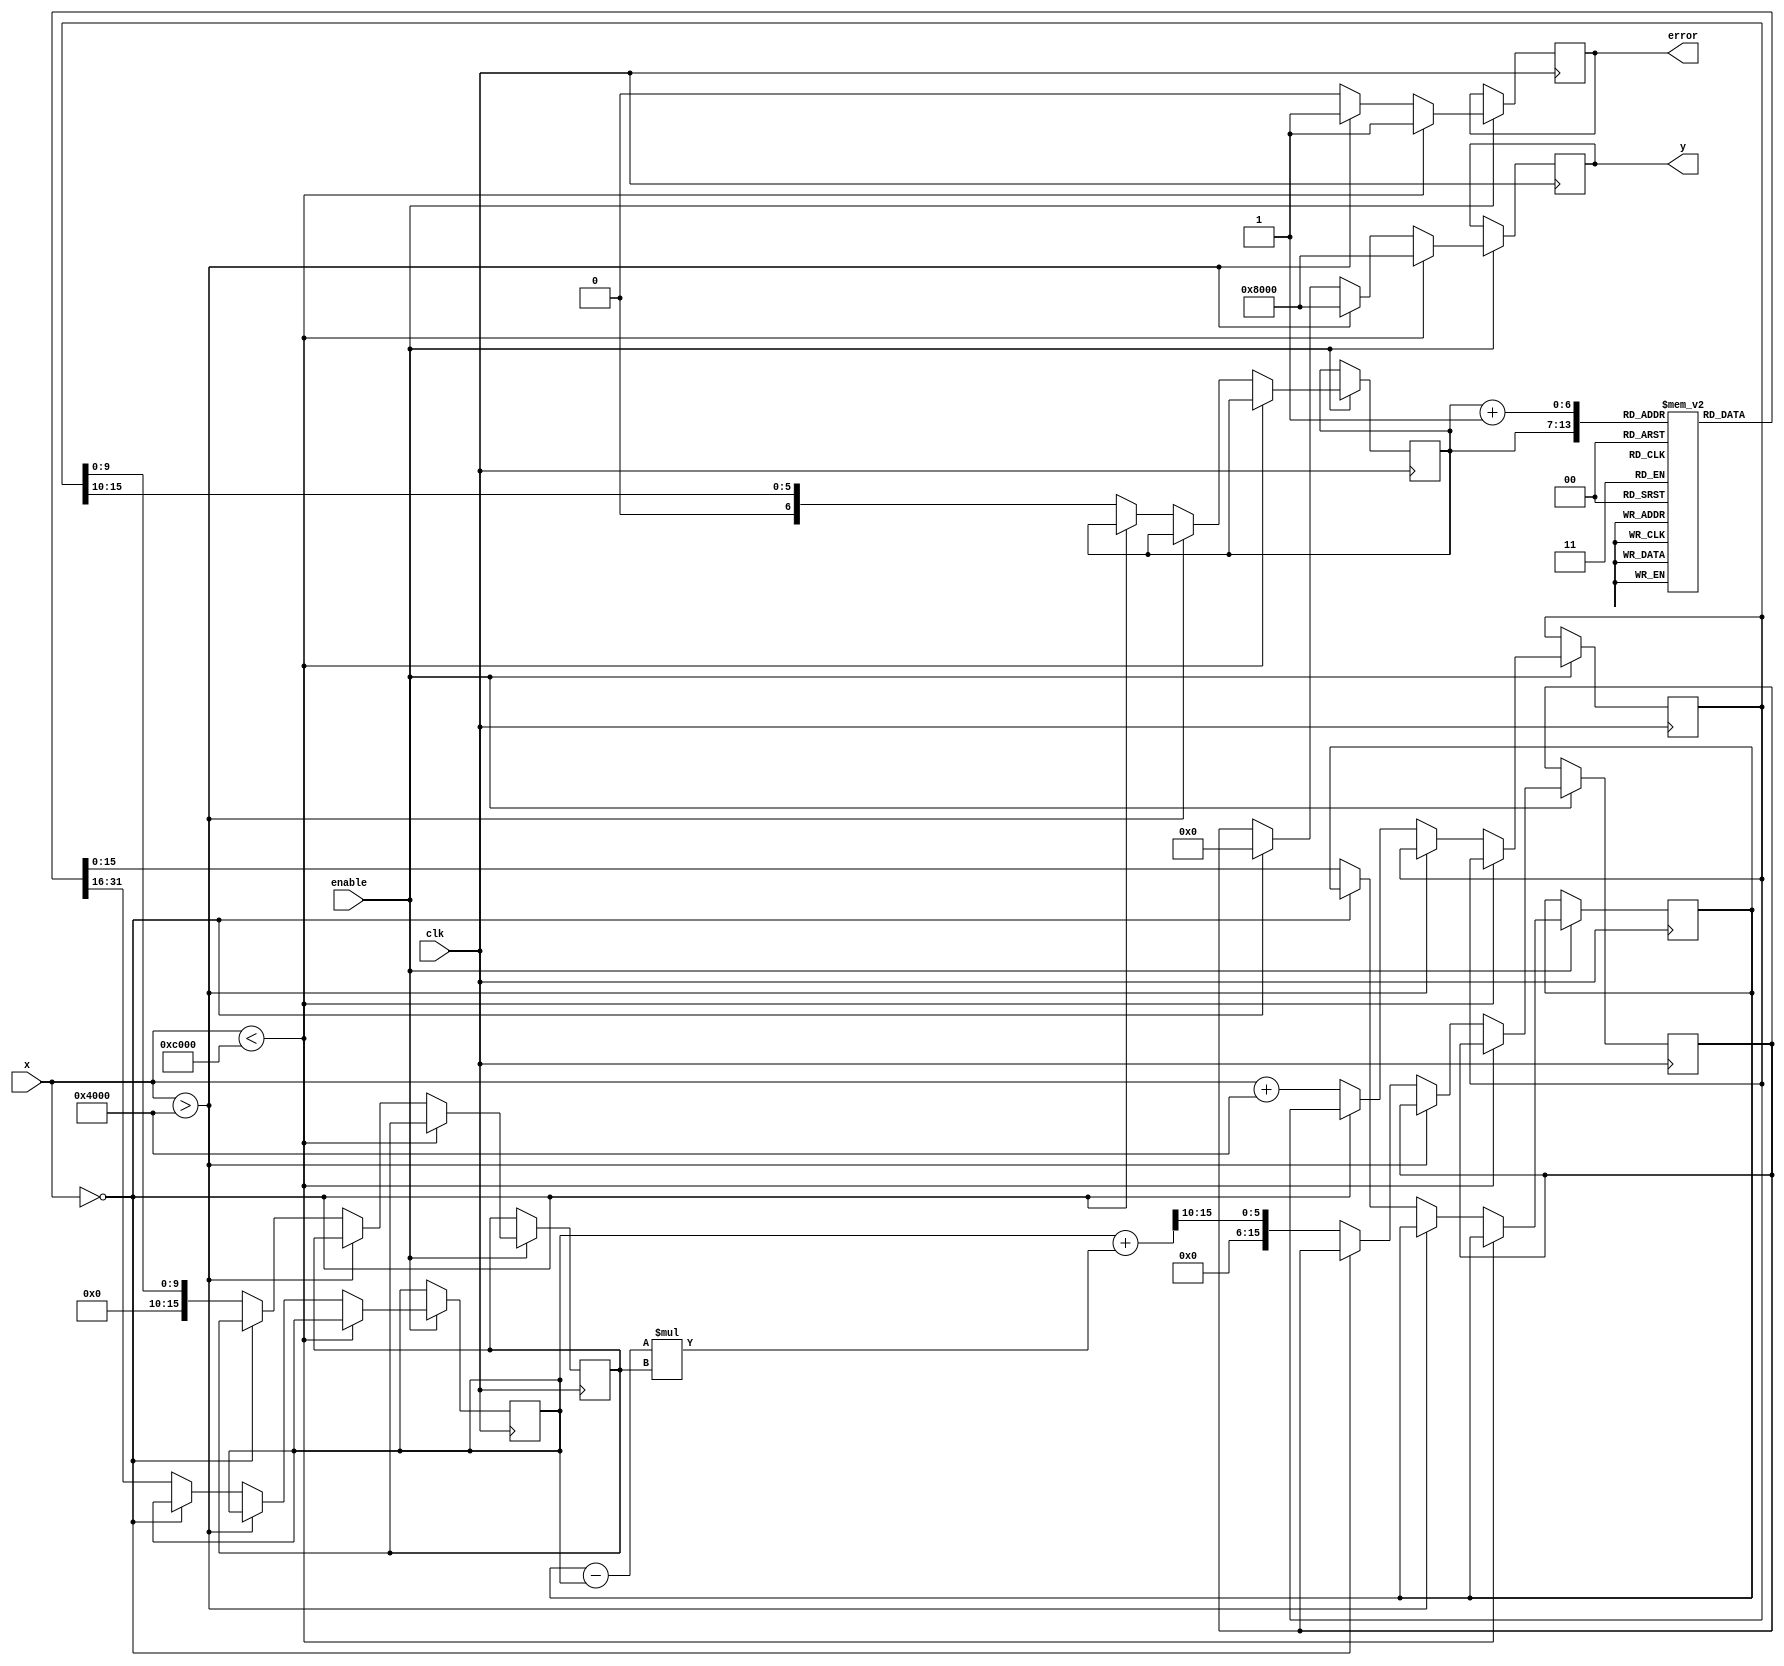
module asin_block (
    input wire clk,
    input wire enable,
    input wire signed [15:0] x,  // Input (x), fixed-point representation (-1.0 to 1.0)
    output reg signed [15:0] y,   // Output (y), fixed-point representation (-/2 to /2)
    output reg error              // Error signal
);

    // Lookup Table for asin values. Values are scaled for fixed-point representation.
    // This example assumes that the output is in 16 bits and  is approximated as 3.14159
    reg signed [15:0] lut [0:64];
    initial begin
        // Populate the LUT with pre-computed asin values (scaled)
        lut[0]   = 16'd0;            // asin(0) = 0
        lut[1]   = 16'd16384;        // asin(0.1)  0.099668 (scaled)
        lut[2]   = 16'd32768;        // asin(0.2)  0.201364 (scaled)
        lut[3]   = 16'd49152;        // asin(0.3)  0.304619 (scaled)
        lut[4]   = 16'd65536;        // asin(0.4)  0.411515 (scaled)
        lut[5]   = 16'd81920;        // asin(0.5) = /6 (scaled)
        lut[6]   = 16'd98304;        // asin(0.6)  0.643501 (scaled)
        lut[7]   = 16'd114688;       // asin(0.7)  0.775398 (scaled)
        lut[8]   = 16'd131072;       // asin(0.8)  0.927297 (scaled)
        lut[9]   = 16'd147456;       // asin(0.9)  1.119769 (scaled)
        lut[10]  = 16'd163840;       // asin(1) = /2 (scaled)
        // Additional entries should be filled in for finer precision
    end

    reg signed [15:0] x_scaled;
    reg [6:0] index;
    reg signed [15:0] y_low, y_high;
    reg signed [15:0] y_interp;
    reg [15:0] fraction;

    always @(posedge clk) begin
        if (enable) begin
            // Initialize output and error signal
            y <= 16'd0;
            error <= 1'b0;

            // Clamp the input to the range [-1, 1]
            if (x < -16'd16384) begin
                y <= -16'd32768; // -/2 scaled
                error <= 1'b1;
            end else if (x > 16'd16384) begin
                y <= 16'd32768; // /2 scaled
                error <= 1'b1;
            end else if (x == 16'd0) begin
                y <= 16'd0; // asin(0) = 0
            end else begin
                // Scale input to fit LUT indices
                x_scaled <= x + 16'd16384; // Shift to range [0, 32768]

                // Calculate index for LUT
                index <= x_scaled[15:10]; // 0-64 range

                // Get lower and higher LUT values
                y_low <= lut[index];
                y_high <= lut[index + 1]; // Ensure adequate LUT size

                // Interpolate
                fraction <= x_scaled[9:0]; // Fractional part (0-1023 range)
                y_interp <= y_low + ((y_high - y_low) * fraction) >> 10;

                // Assign interpolated value to output
                y <= y_interp;
            end
        end
    end

endmodule